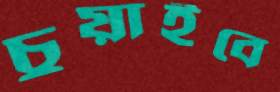
চুয়াইবে